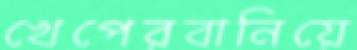
খেপেরবানিয়ে